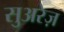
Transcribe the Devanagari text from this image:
सुअरेज़